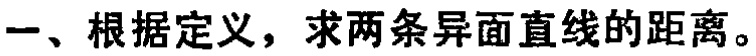
一、根据定义，求两条异面直线的距离。